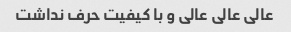
عالی عالی عالی و با کیفیت حرف نداشت